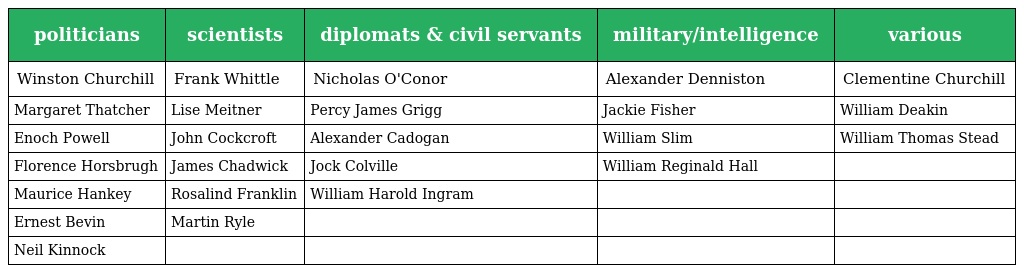
| politicians | scientists | diplomats & civil servants | military/intelligence | various |
 | --- | --- | --- | --- | --- |
 | Winston Churchill | Frank Whittle | Nicholas O'Conor | Alexander Denniston | Clementine Churchill |
 | Margaret Thatcher | Lise Meitner | Percy James Grigg | Jackie Fisher | William Deakin |
 | Enoch Powell | John Cockcroft | Alexander Cadogan | William Slim | William Thomas Stead |
 | Florence Horsbrugh | James Chadwick | Jock Colville | William Reginald Hall |  |
 | Maurice Hankey | Rosalind Franklin | William Harold Ingram |  |  |
 | Ernest Bevin | Martin Ryle |  |  |  |
 | Neil Kinnock |  |  |  |  |